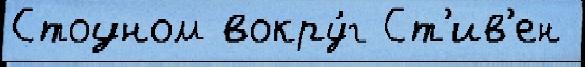
Стоуном вокру́г Ст'ив'ен